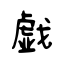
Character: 戯